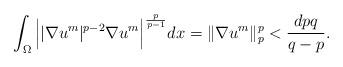
LaTeX: \begin{align*}\int_\Omega\Big||\nabla u^m|^{p-2}\nabla u^m\Big|^{\frac{p}{p-1}}dx=\|\nabla u^m\|_p^p< \frac{dpq}{q-p}.\end{align*}